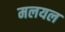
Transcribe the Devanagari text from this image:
मलयल